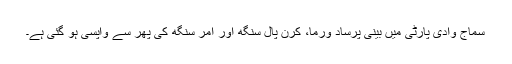
سماج وادی پارٹی میں بینی پرساد ورما، کرن پال سنگھ اور امر سنگھ کی پھر سے واپسی ہو گئی ہے۔